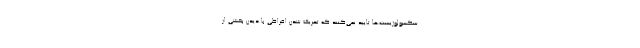
سکسولوژیست‌‌ها تایید نمی‌کنند که تحریک شدن افراطی با دیدن بخشی از